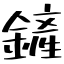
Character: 鏟